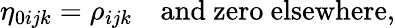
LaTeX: \eta_{0ijk}=\rho_{ijk}\quad\mathrm{and~zero~elsewhere},